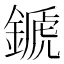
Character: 𨪉